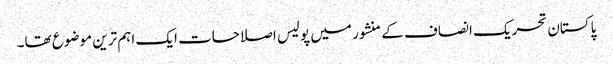
پاکستان تحریک انصاف کے منشور میں پولیس اصلاحات ایک اہم ترین موضوع تھا۔